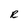
Character: R